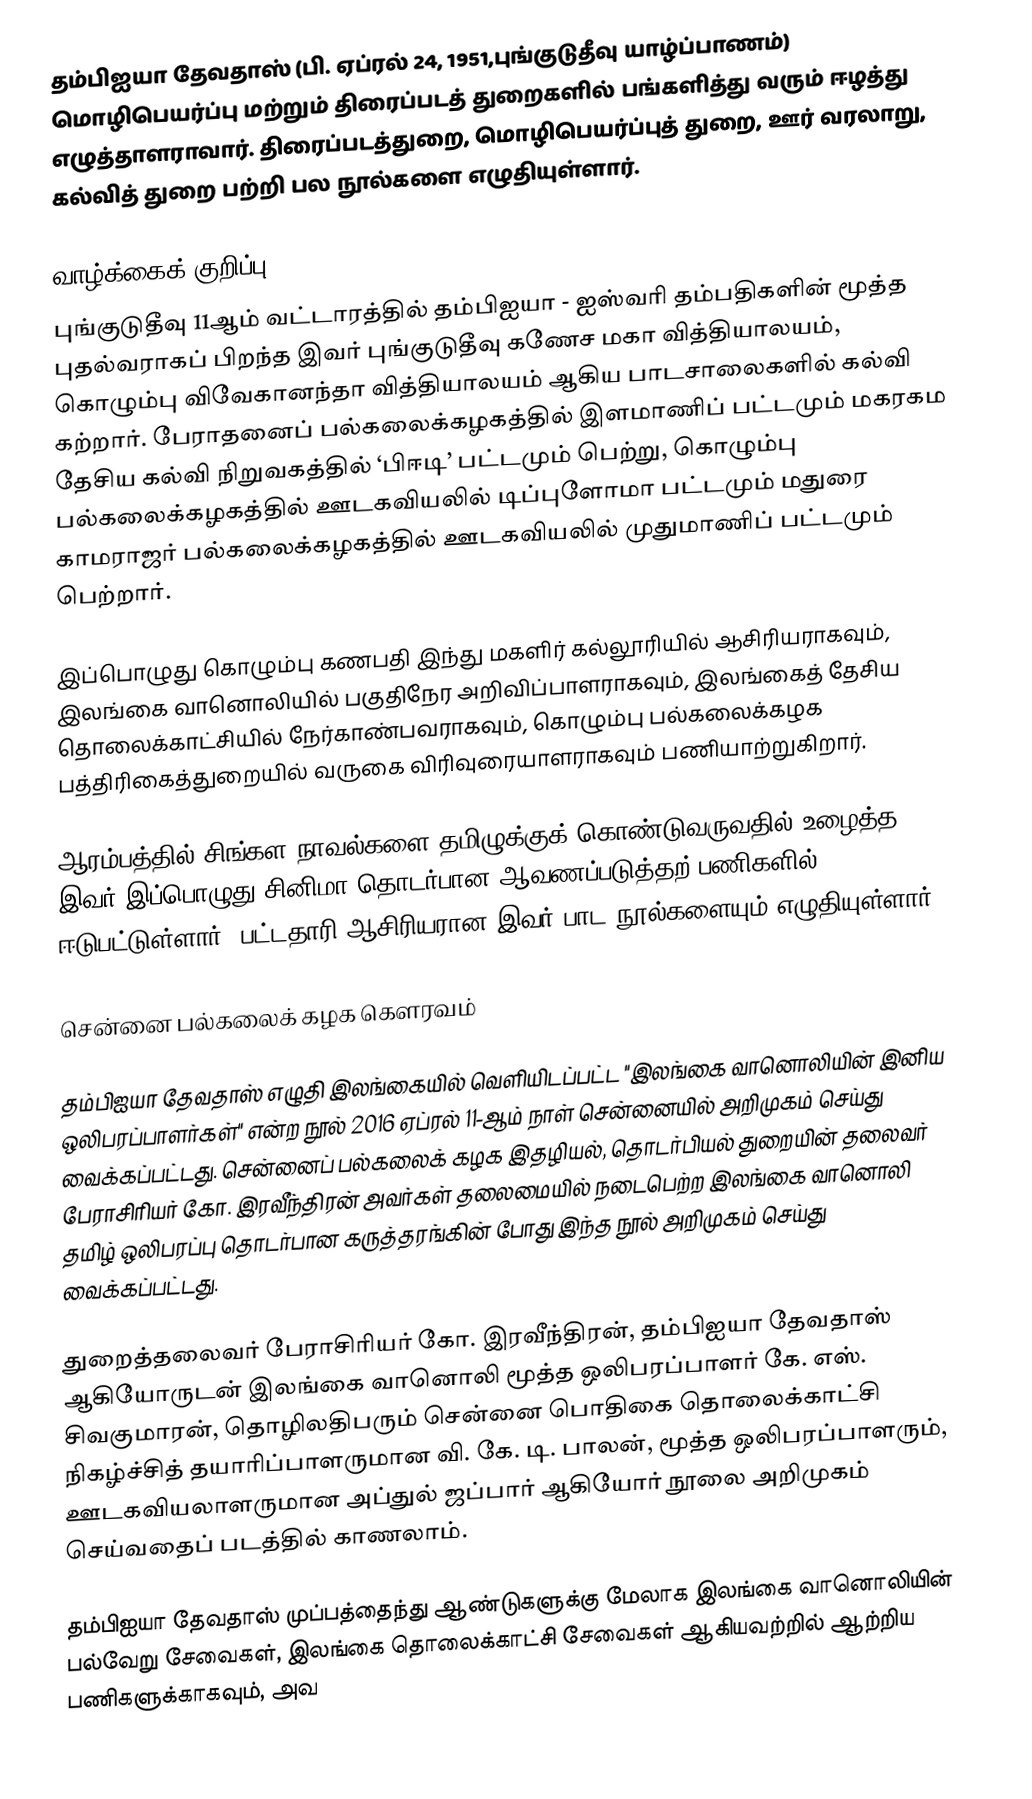
தம்பிஐயா தேவதாஸ் (பி. ஏப்ரல் 24, 1951,புங்குடுதீவு யாழ்ப்பாணம்)  மொழிபெயர்ப்பு மற்றும் திரைப்படத் துறைகளில் பங்களித்து வரும் ஈழத்து எழுத்தாளராவார். திரைப்படத்துறை, மொழிபெயர்ப்புத் துறை, ஊர் வரலாறு, கல்வித் துறை பற்றி பல நூல்களை எழுதியுள்ளார்.

வாழ்க்கைக் குறிப்பு
புங்குடுதீவு 11ஆம் வட்டாரத்தில் தம்பிஐயா - ஐஸ்வரி தம்பதிகளின் மூத்த புதல்வராகப் பிறந்த இவர் புங்குடுதீவு கணேச மகா வித்தியாலயம், கொழும்பு விவேகானந்தா வித்தியாலயம் ஆகிய பாடசாலைகளில் கல்வி கற்றார். பேராதனைப் பல்கலைக்கழகத்தில் இளமாணிப் பட்டமும் மகரகம தேசிய கல்வி நிறுவகத்தில் ‘பிஈடி’ பட்டமும் பெற்று, கொழும்பு பல்கலைக்கழகத்தில் ஊடகவியலில் டிப்புளோமா பட்டமும் மதுரை காமராஜர் பல்கலைக்கழகத்தில் ஊடகவியலில் முதுமாணிப் பட்டமும் பெற்றார்.

இப்பொழுது கொழும்பு கணபதி இந்து மகளிர் கல்லூரியில் ஆசிரியராகவும், இலங்கை வானொலியில் பகுதிநேர அறிவிப்பாளராகவும், இலங்கைத் தேசிய தொலைக்காட்சியில் நேர்காண்பவராகவும், கொழும்பு பல்கலைக்கழக பத்திரிகைத்துறையில் வருகை விரிவுரையாளராகவும் பணியாற்றுகிறார்.

ஆரம்பத்தில் சிங்கள நாவல்களை தமிழுக்குக் கொண்டுவருவதில் உழைத்த இவர் இப்பொழுது சினிமா தொடர்பான ஆவணப்படுத்தற் பணிகளில் ஈடுபட்டுள்ளார். பட்டதாரி ஆசிரியரான இவர் பாட நூல்களையும் எழுதியுள்ளார்.

சென்னை பல்கலைக் கழக கௌரவம்

தம்பிஐயா தேவதாஸ் எழுதி இலங்கையில் வெளியிடப்பட்ட "இலங்கை வானொலியின் இனிய ஒலிபரப்பாளர்கள்" என்ற நூல் 2016 ஏப்ரல் 11-ஆம் நாள் சென்னையில் அறிமுகம் செய்து வைக்கப்பட்டது. சென்னைப் பல்கலைக் கழக இதழியல், தொடர்பியல் துறையின் தலைவர் பேராசிரியர் கோ. இரவீந்திரன் அவர்கள் தலைமையில் நடைபெற்ற இலங்கை வானொலி தமிழ் ஒலிபரப்பு தொடர்பான கருத்தரங்கின் போது இந்த நூல் அறிமுகம் செய்து வைக்கப்பட்டது.

துறைத்தலைவர் பேராசிரியர் கோ. இரவீந்திரன், தம்பிஐயா தேவதாஸ் ஆகியோருடன் இலங்கை வானொலி மூத்த ஒலிபரப்பாளர் கே. எஸ். சிவகுமாரன், தொழிலதிபரும் சென்னை பொதிகை தொலைக்காட்சி நிகழ்ச்சித் தயாரிப்பாளருமான வி. கே. டி. பாலன், மூத்த ஒலிபரப்பாளரும், ஊடகவியலாளருமான அப்துல் ஜப்பார் ஆகியோர் நூலை அறிமுகம் செய்வதைப் படத்தில் காணலாம்.

தம்பிஐயா தேவதாஸ் முப்பத்தைந்து ஆண்டுகளுக்கு மேலாக இலங்கை வானொலியின் பல்வேறு சேவைகள், இலங்கை தொலைக்காட்சி சேவைகள் ஆகியவற்றில் ஆற்றிய பணிகளுக்காகவும், அவ